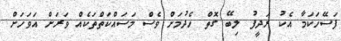
ފަސޭހަކަމާ އެކު ރަދީފު ލިބޭ ގޮތް ހެދުމަށް ވެސް މަސައްކަތްތަކެއް ވަރަށް އަވަހަށް